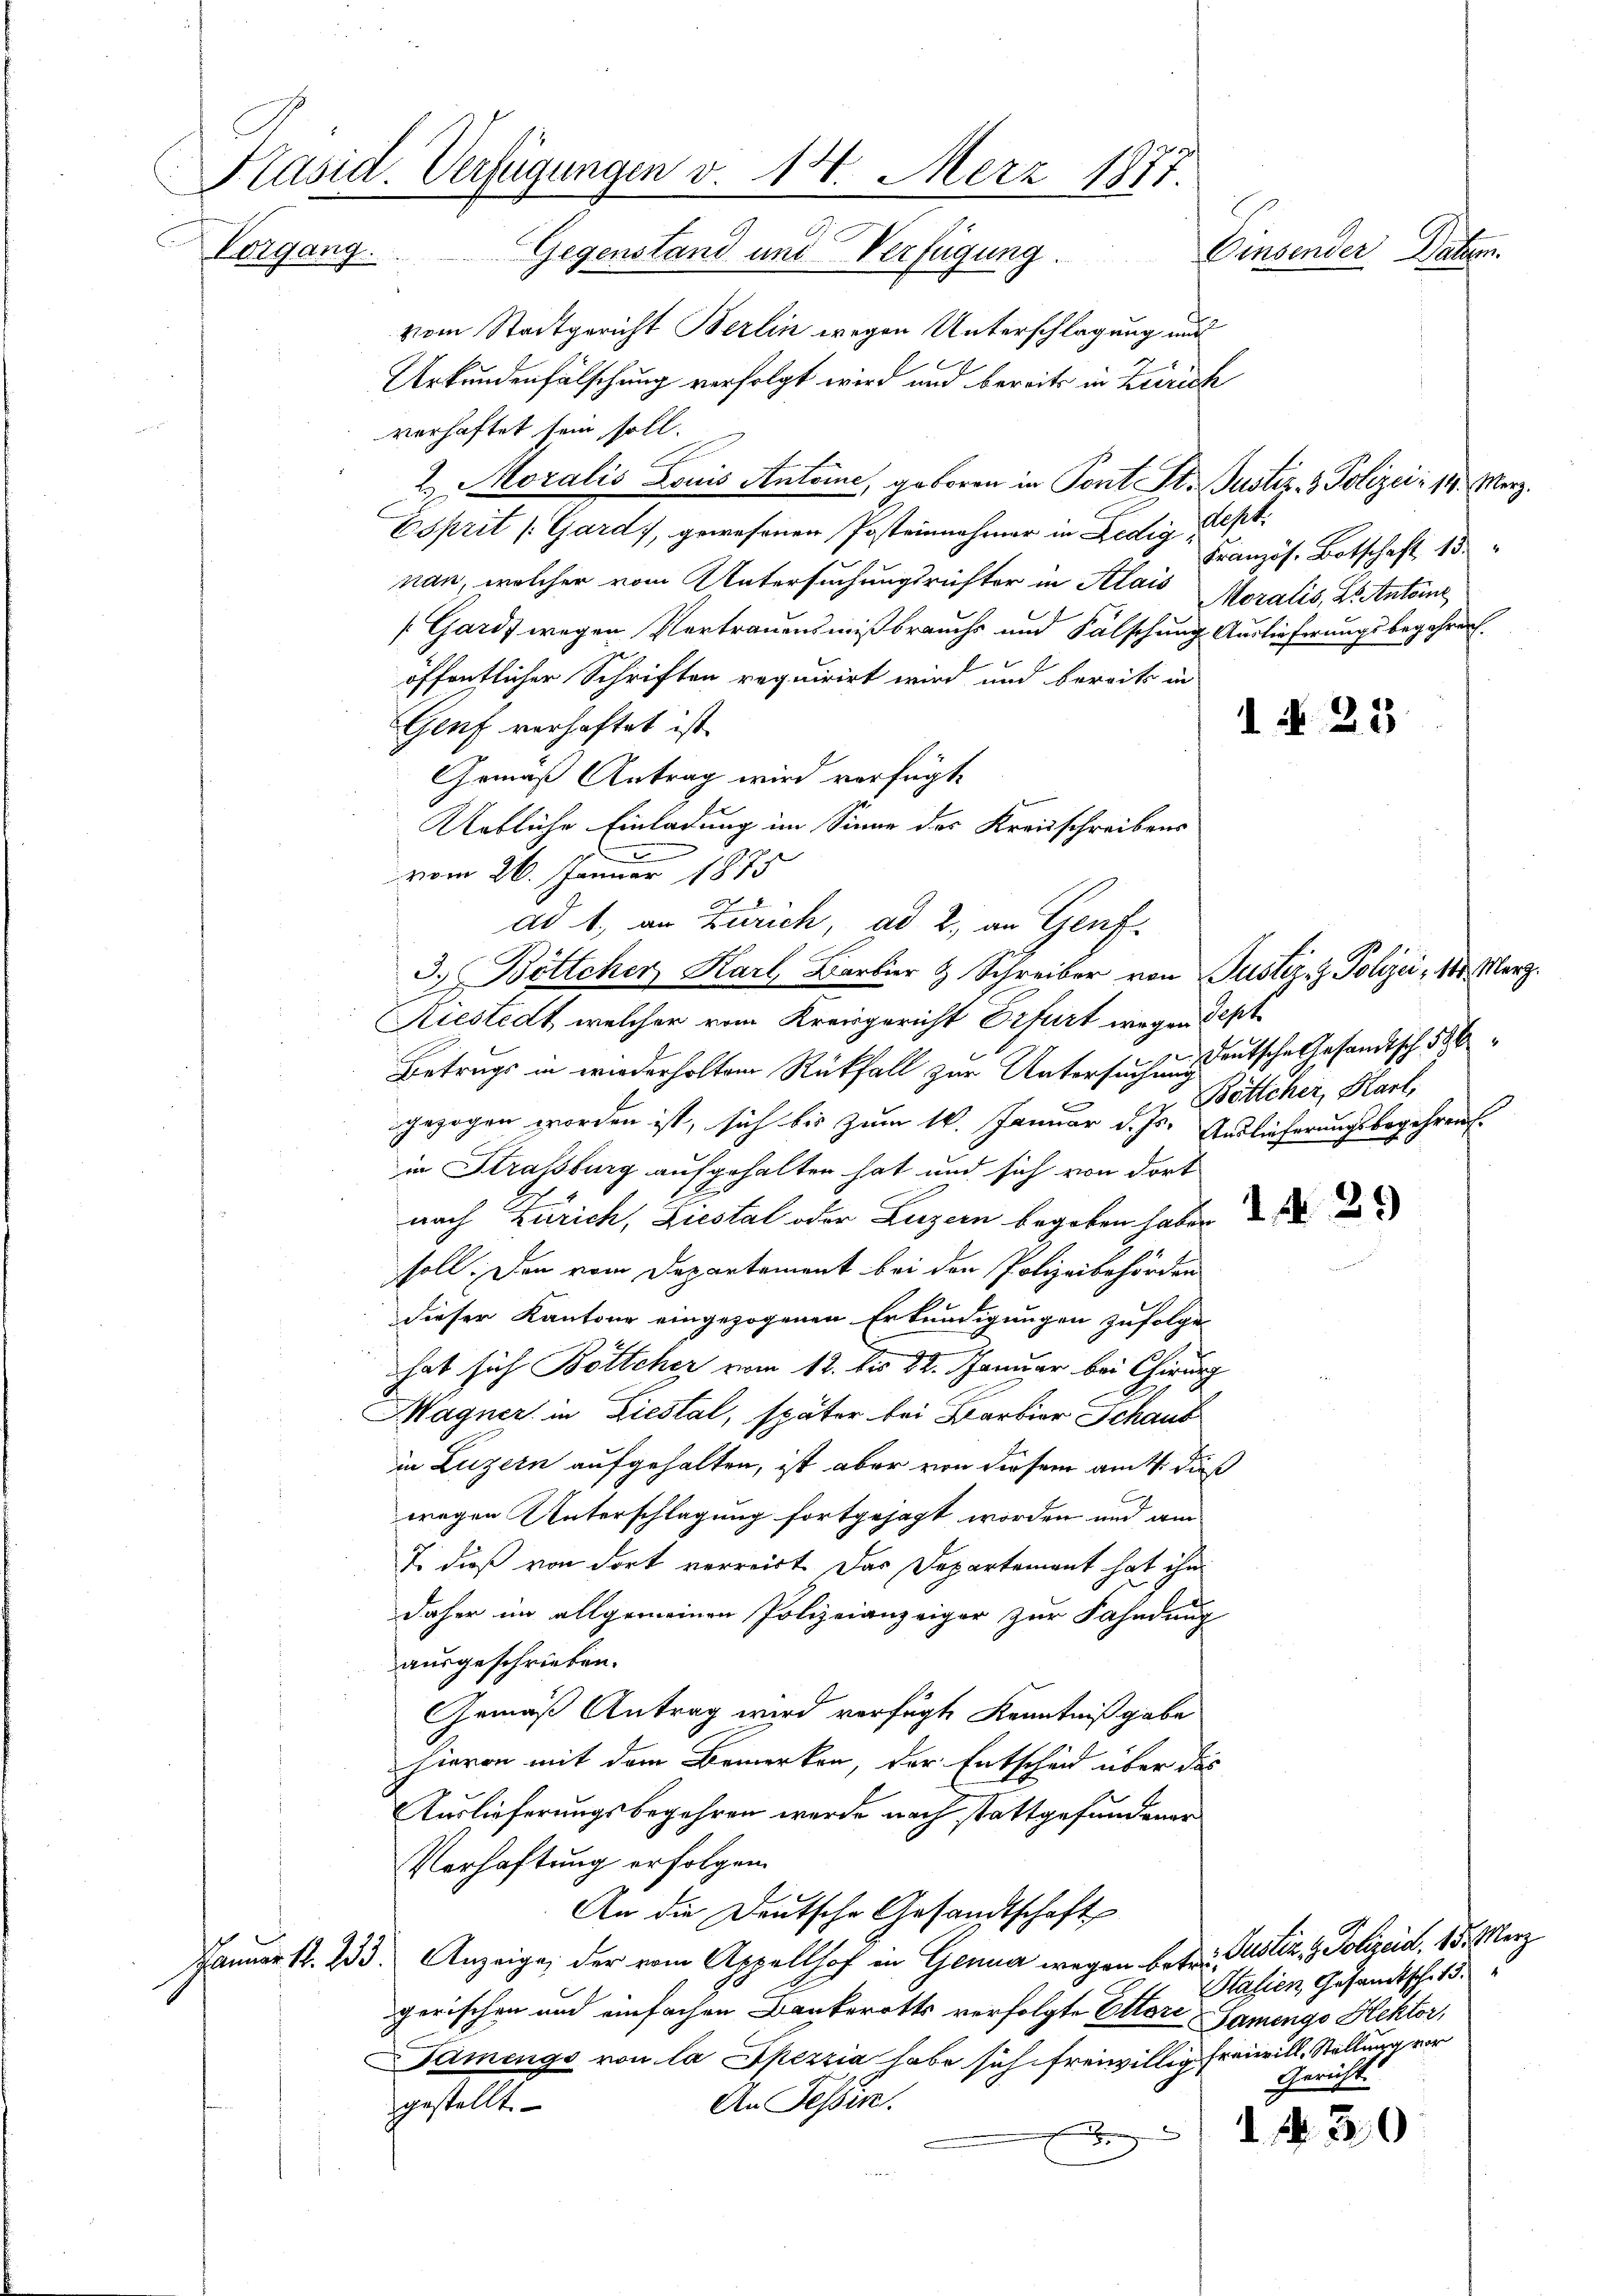
Präsid. Verfügungen v. 14. Merz 1877
Einsender Daten.
Vorgang. Gegenstand und Verfügung.
vom Stadtgericht Berlin wegen Unterschlagung und

Urkundenfälschung verfolgt wird und bereits in Zürich
verhaftet sein soll.
2. Moralis Louis Antone, geboren in Pont St. Justiz- & Polizei: 14. Merz.
Esprit [Gard), gewesenen Posteinnahmer in Ledig, Sept.
nan, welcher vom Untersuchungsrichter in Alais Moralis, Dr. Antone
[Gards wegen Vertrauensmißbrauchs und Fälschung Auslieferungsbegehren.
öffentlicher Schriften requirirt wird und bereits in
Genf verhaftet ist.
Gemäß Antrag wird verfügt,
Uetliche Einladung im Sinne des Kreisschreibens
vom 26. Januar 1875
F
ad 1. an Zürich, ad 2., an Genf.
3.) Böttcher Karl Barbier & Schreiber von Justiz- & Polizei „ 10. März.
Aiestedt, welcher vom Kreisgericht Erfurt wegen Sept
Betrugs in wiederholten Rückfall zur Untersuchens deutsche Gesandtsch 586
gezogen worden ist, sich bis zum 16. Januar d. Js. Auslieferungsbegehrensin Straßburg aufgehalten hat und sich von dort
nach Zürich, Liestal oder Luzern begeben haben
soll. Den vom Departement bei den Polizeibehörden
dieser Kantone eingezogenen Erkundigungen zufolgen
hat sich Böttcher vom 12. bis 22. Januar bei Chirurg
Magner in Liestal, später bei Barbier Schaus
in Luzern aufgehalten, ist aber von diesem am 4. dieß
wegen Unterschlagung fortgesagt worden und am
7. dieß von dort verreist. Das Departement hat ihm
daher im allgemeinen Polizeianzeiger zur Fahndung
ausgeschrieben.
Gemäß Antrag wird verfügte Kenntnißgabe
hievon mit dem Bemerken, der Entscheid über das
Auslieferungsbegehren werde nach stattgefundener
Verhaftung erfolgen.
An die Deutsche Gesandtschaft
Januar 12. 233. Anzeige, der vom Appellhof in Genua wegen betr. Puster z. Polizeid, 15. Merz
Salien Gesandtsch. 13.
gerischen und einfachen Bankerotts verfolgte Ettore Samengo Hektor,
Damenge von la Spezzia habe sich freiwillig freiwill, Stellung vor
Gericht.
An Tessire.
gestellt.
d N. 30.
x

Französ. Botschaft 13

Bötlcher, Karl,

1 § 23